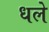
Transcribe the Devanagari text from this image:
धले